Jarvakandi_vallavalitsus, lk 62
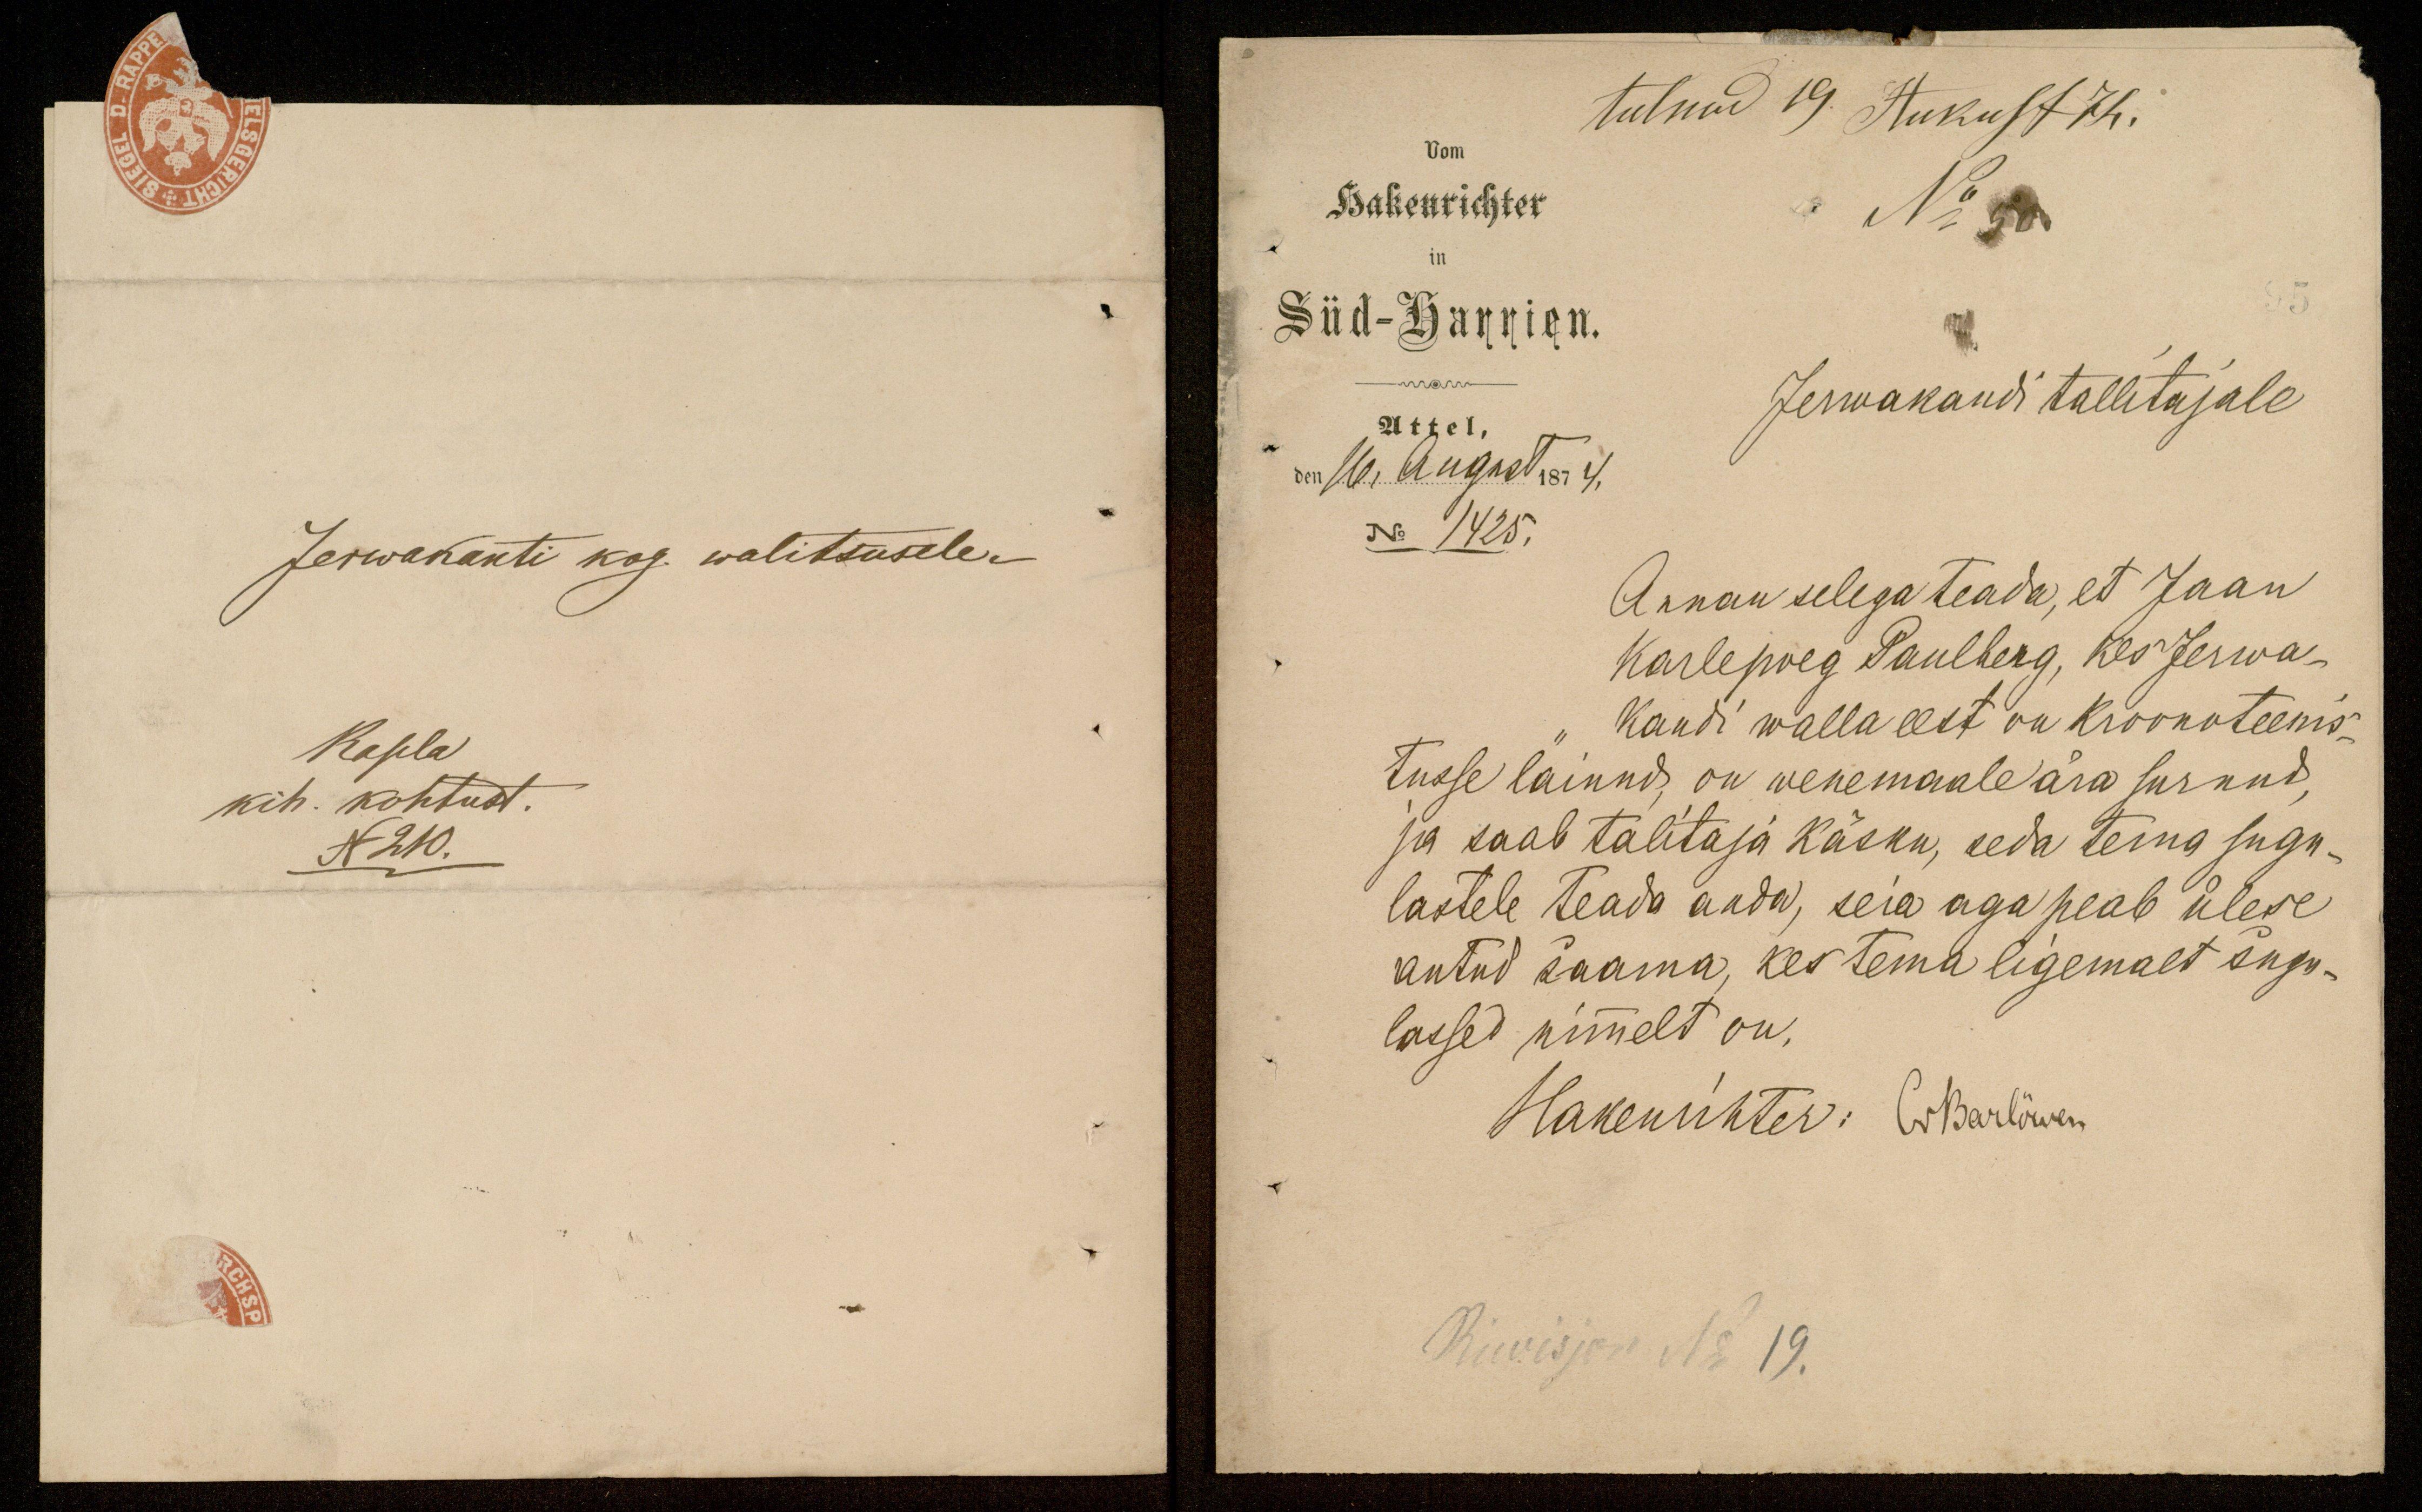
tulnud 19. August 74.
Vom
Hakenrichter
No
Süd-Harrien.
Jerwakandi tallitajale
Attel,
den 16 August 1874.
No 1425.
Annan selega teada, et Jaan
Karlepoeg Paulberg, kes Jerwa-
kandi walla eest on kroonoteenis-
tusse läinud, on wenemaale ära surnud,
ja saab talitaja käsku, seda tema sugu-
lastele teada anda, seia aga peab ülese
antud saama, kes tema ligemalt sugu-
lased nimelt on.
Hakenrihter: CrBarlöwen
Revisjon No 19.

Jerwakanti kog. walitsusele.
Rapla
kih. kohtust.
N 210.